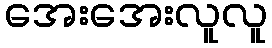
အေးအေးလူလူ